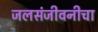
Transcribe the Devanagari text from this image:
जलसंजीवनीचा